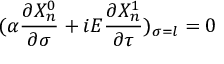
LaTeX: ( \alpha \frac { \partial X _ { n } ^ { 0 } } { \partial \sigma } + i E \frac { \partial X _ { n } ^ { 1 } } { \partial \tau } ) _ { \sigma = l } = 0